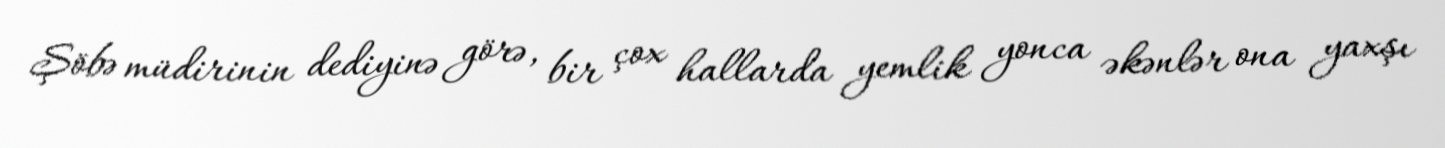
Şöbə müdirinin dediyinə görə, bir çox hallarda yemlik yonca əkənlər ona yaxşı